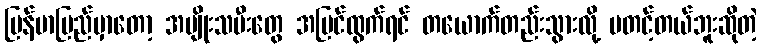
မြန်မာပြည်မှာတော့ အမျိုးသမီးတွေ အပြင်ထွက်ရင် တယောက်တည်းသွားလို့ မတင့်တယ်ဘူးဆိုတဲ့